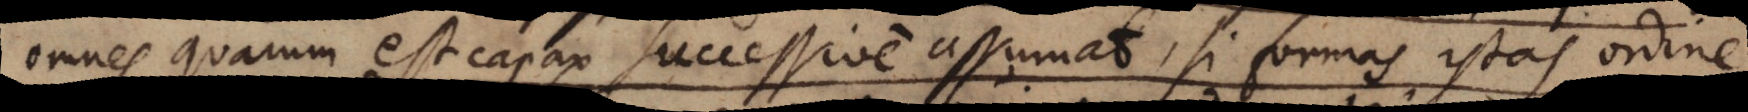
omnes quarum est capax successive assumat, si formas istas ordine